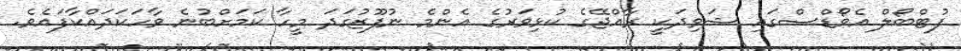
ފުޓްބޯލް އެވޯޑްސްގައި ޝަވިދަކީ ރާއްޖޭގެ ކުޅިވަރުގެ އެންމެ ނުފޫޒުގަދަ މީހާ ކަމަށްބުނެ ވާހަކަދައްކާފައެވެ.